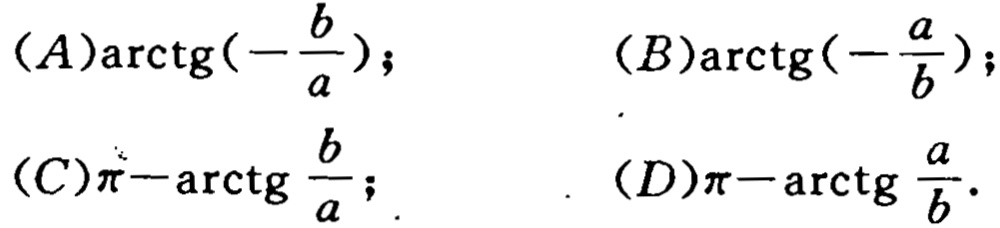
\((A)\arctg(-\frac{b}{a});\quad (B)\arctg(-\frac{a}{b});\)
\((C)\pi - \arctg\frac{b}{a};\quad (D)\pi - \arctg\frac{a}{b}.\)